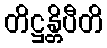
တိဋ္ဌန္တိပီတိ